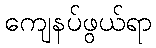
ကျေနပ်ဖွယ်ရာ